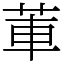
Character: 莗